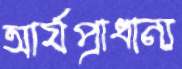
আর্যপ্রাধান্য